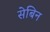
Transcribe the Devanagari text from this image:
सेबिन